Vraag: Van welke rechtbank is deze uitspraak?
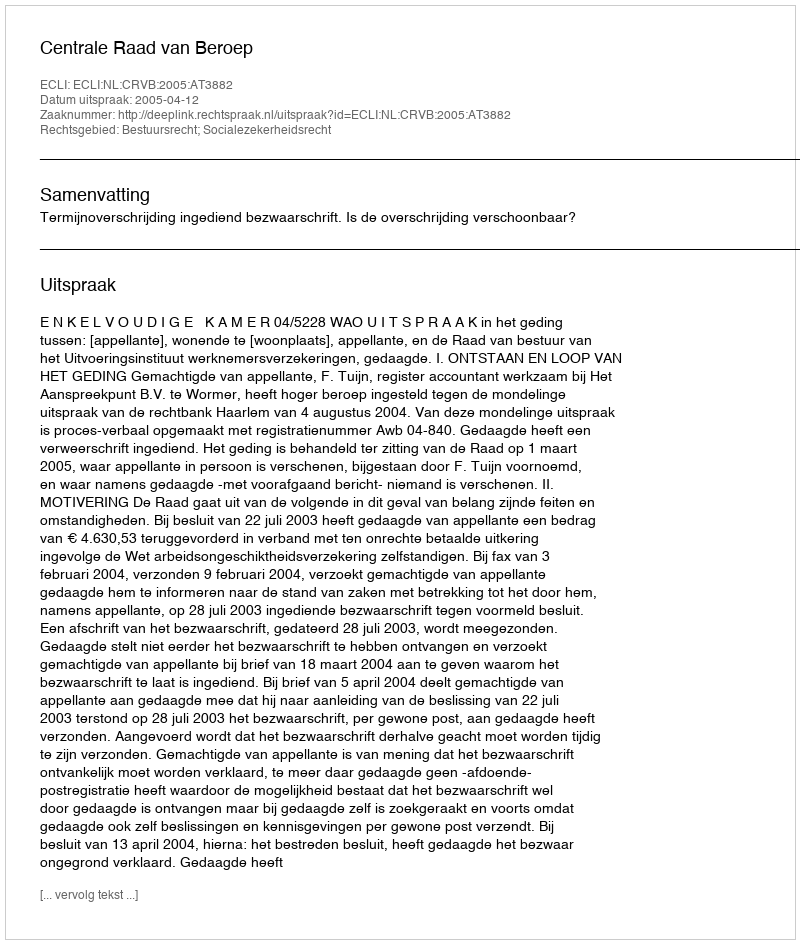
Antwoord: Centrale Raad van Beroep